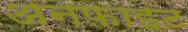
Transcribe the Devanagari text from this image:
अनफाइट